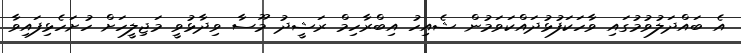
އެ ބައްދަލުވުމުގައި ވާހަކަފުޅުދައްކަވަމުން ޝެއިހު އިބްރާހިމް ރަޝީދު މޫސާ ވިދާޅުވީ މަޖިލީހަށް ހުށަހެޅިފައިވާ